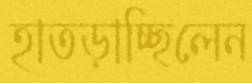
হাতড়াচ্ছিলেন